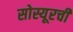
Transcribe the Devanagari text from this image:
सोस्यूरची